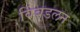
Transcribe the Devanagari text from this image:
विंबडलन